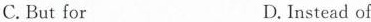
C. But for D. Instead of